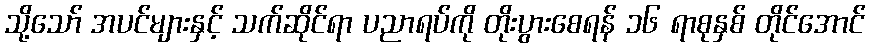
သို့သော် အပင်များနှင့် သက်ဆိုင်ရာ ပညာရပ်ကို တိုးပွားစေရန် ၁၆ ရာစုနှစ် တိုင်အောင်